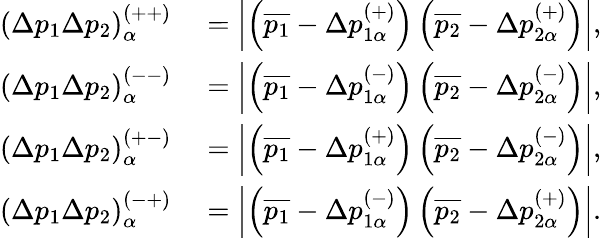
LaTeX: \begin{array}{rl}{\left(\Delta p_{1}\Delta p_{2}\right)_{\alpha}^{\left(++\right)}}&{{}=\left\vert\left(\overline{{p_{1}}}-\Delta p_{1\alpha}^{(+)}\right)\left(\overline{{p_{2}}}-\Delta p_{2\alpha}^{(+)}\right)\right\vert,}\\ {\left(\Delta p_{1}\Delta p_{2}\right)_{\alpha}^{\left(--\right)}}&{{}=\left\vert\left(\overline{{p_{1}}}-\Delta p_{1\alpha}^{(-)}\right)\left(\overline{{p_{2}}}-\Delta p_{2\alpha}^{(-)}\right)\right\vert,}\\ {\left(\Delta p_{1}\Delta p_{2}\right)_{\alpha}^{\left(+-\right)}}&{{}=\left\vert\left(\overline{{p_{1}}}-\Delta p_{1\alpha}^{(+)}\right)\left(\overline{{p_{2}}}-\Delta p_{2\alpha}^{(-)}\right)\right\vert,}\\ {\left(\Delta p_{1}\Delta p_{2}\right)_{\alpha}^{\left(-+\right)}}&{{}=\left\vert\left(\overline{{p_{1}}}-\Delta p_{1\alpha}^{(-)}\right)\left(\overline{{p_{2}}}-\Delta p_{2\alpha}^{(+)}\right)\right\vert.}\end{array}